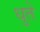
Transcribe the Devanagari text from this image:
धुते